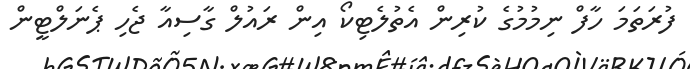
ފުރަތަމަ ހާފް ނިމުމުގެ ކުރިން އެތުލެޓިކޯ އިން ރައުލް ގާސިއާ ޖެހި ޕެނަލްޓީން